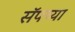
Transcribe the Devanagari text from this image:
सॅपच्या